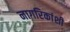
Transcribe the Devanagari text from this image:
नागरिकांशी